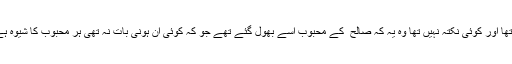
ایک مبہم سا نقطہ تھا اور کوئی نکتہ نہیں تھا وہ یہ کہ صالح ؔ کے محبوب اُسے بھول گئے تھے جو کہ کوئی ان ہونی بات نہ تھی ہر محبوب کا شیوہ ہے، بھول جاتا ہے ۔